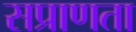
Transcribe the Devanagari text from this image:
सप्राणता